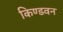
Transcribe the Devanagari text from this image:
किण्डवन